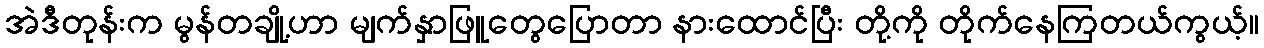
အဲဒီတုန်းက မွန်တချို့ဟာ မျက်နှာဖြူတွေပြောတာ နားထောင်ပြီး တို့ကို တိုက်နေကြတယ်ကွယ့်။